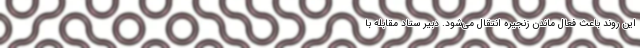
این روند باعث فعال ماندن زنجیره انتقال می‌شود. دبیر ستاد مقابله با